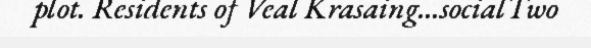
plot. Residents of Veal Krasaing...socialTwo